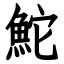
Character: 鮀